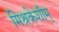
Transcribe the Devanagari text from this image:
मिश्रकेशीम्